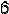
6